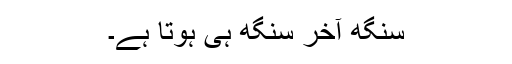
سنگھ آخر سنگھ ہی ہوتا ہے۔